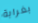
بغرابة